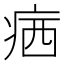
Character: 𤶈